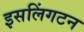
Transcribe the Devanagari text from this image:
इसलिंगटन